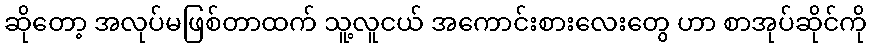
ဆိုတော့ အလုပ်မဖြစ်တာထက် သူ့လူငယ် အကောင်းစားလေးတွေ ဟာ စာအုပ်ဆိုင်ကို